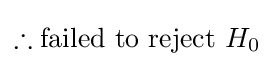
\therefore {\text{failed to reject }}H_{0}